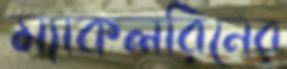
ম্যাকলরিনের